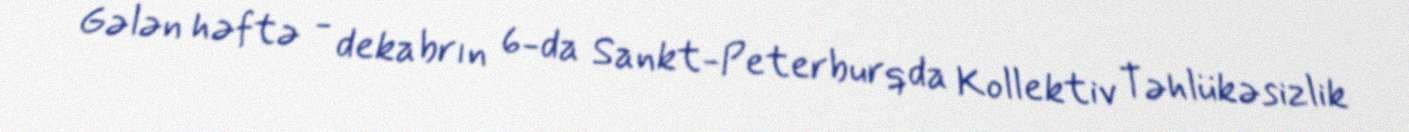
Gələn həftə - dekabrın 6-da Sankt-Peterburqda Kollektiv Təhlükəsizlik